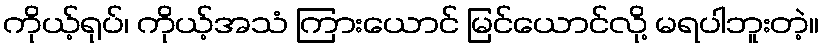
ကိုယ့်ရုပ်၊ ကိုယ့်အသံ ကြားယောင် မြင်ယောင်လို့ မရပါဘူးတဲ့။